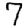
Digit: 7